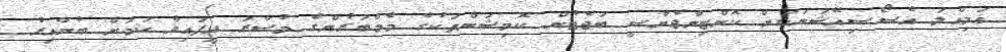
އަމިއްލަ އެސޯސިއޭޝަނަކަށް ކޮންޓިންޖެންސީ ބަޖެޓުން ކޮމިޝަންތަކުގެ މެމްބަރުންގެ މުސާރަ ދީފައިވާ ކަމަށް ބުނާއިރު